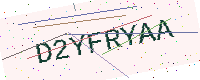
Text: D2YFRYAA